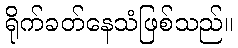
ရိုက်ခတ်နေသံဖြစ်သည်။